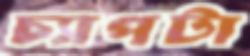
চ্যাপটা